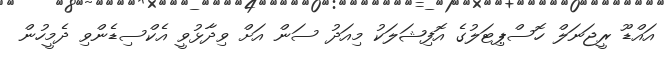
އައްޑޫ ރީޖަނަލް ހޮސްޕިޓަލުގެ އޮފިޝަލަކު މިއަދު ސަން އަށް ވިދާޅުވީ އެކްސިޑެންވި ދެމީހުން